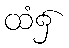
ထံ၌